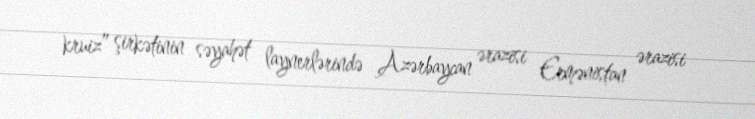
kruiz” şirkətinin səyahət laynerlərində Azərbaycan ərazisi Ermənistan ərazisi